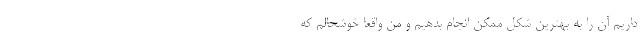
داریم آن را به بهترین شکل ممکن انجام بدهیم و من واقعا خوشحالم که